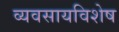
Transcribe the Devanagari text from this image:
व्यवसायविशेष